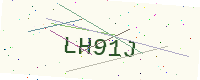
Text: LH91J